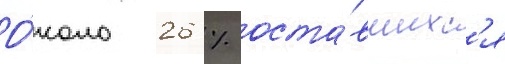
О́коло 26 % оста́вшихс'я